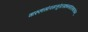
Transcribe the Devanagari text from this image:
चारुहासंलसत्कुंडलक्रान्तगंडस्थलांगम्‌